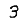
Digit: 3